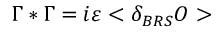
\Gamma * \Gamma = i \varepsilon < \delta _ { B R S } O >